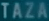
Taza